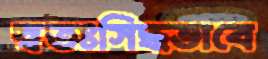
স্বতঃসিদ্ধভাবে